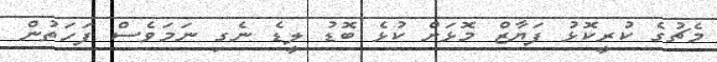
މެޗުގެ ކުރީކޮޅު ފަޔާޒް މޮޅަށް ކުޅެ ބޮޑު ލީޑެ ނެގި ނަމަވެސް ފަހަތުން